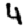
Digit: 4